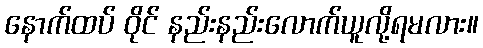
နောက်ထပ် ဝိုင် နည်းနည်းလောက်ယူလို့ရမလား။